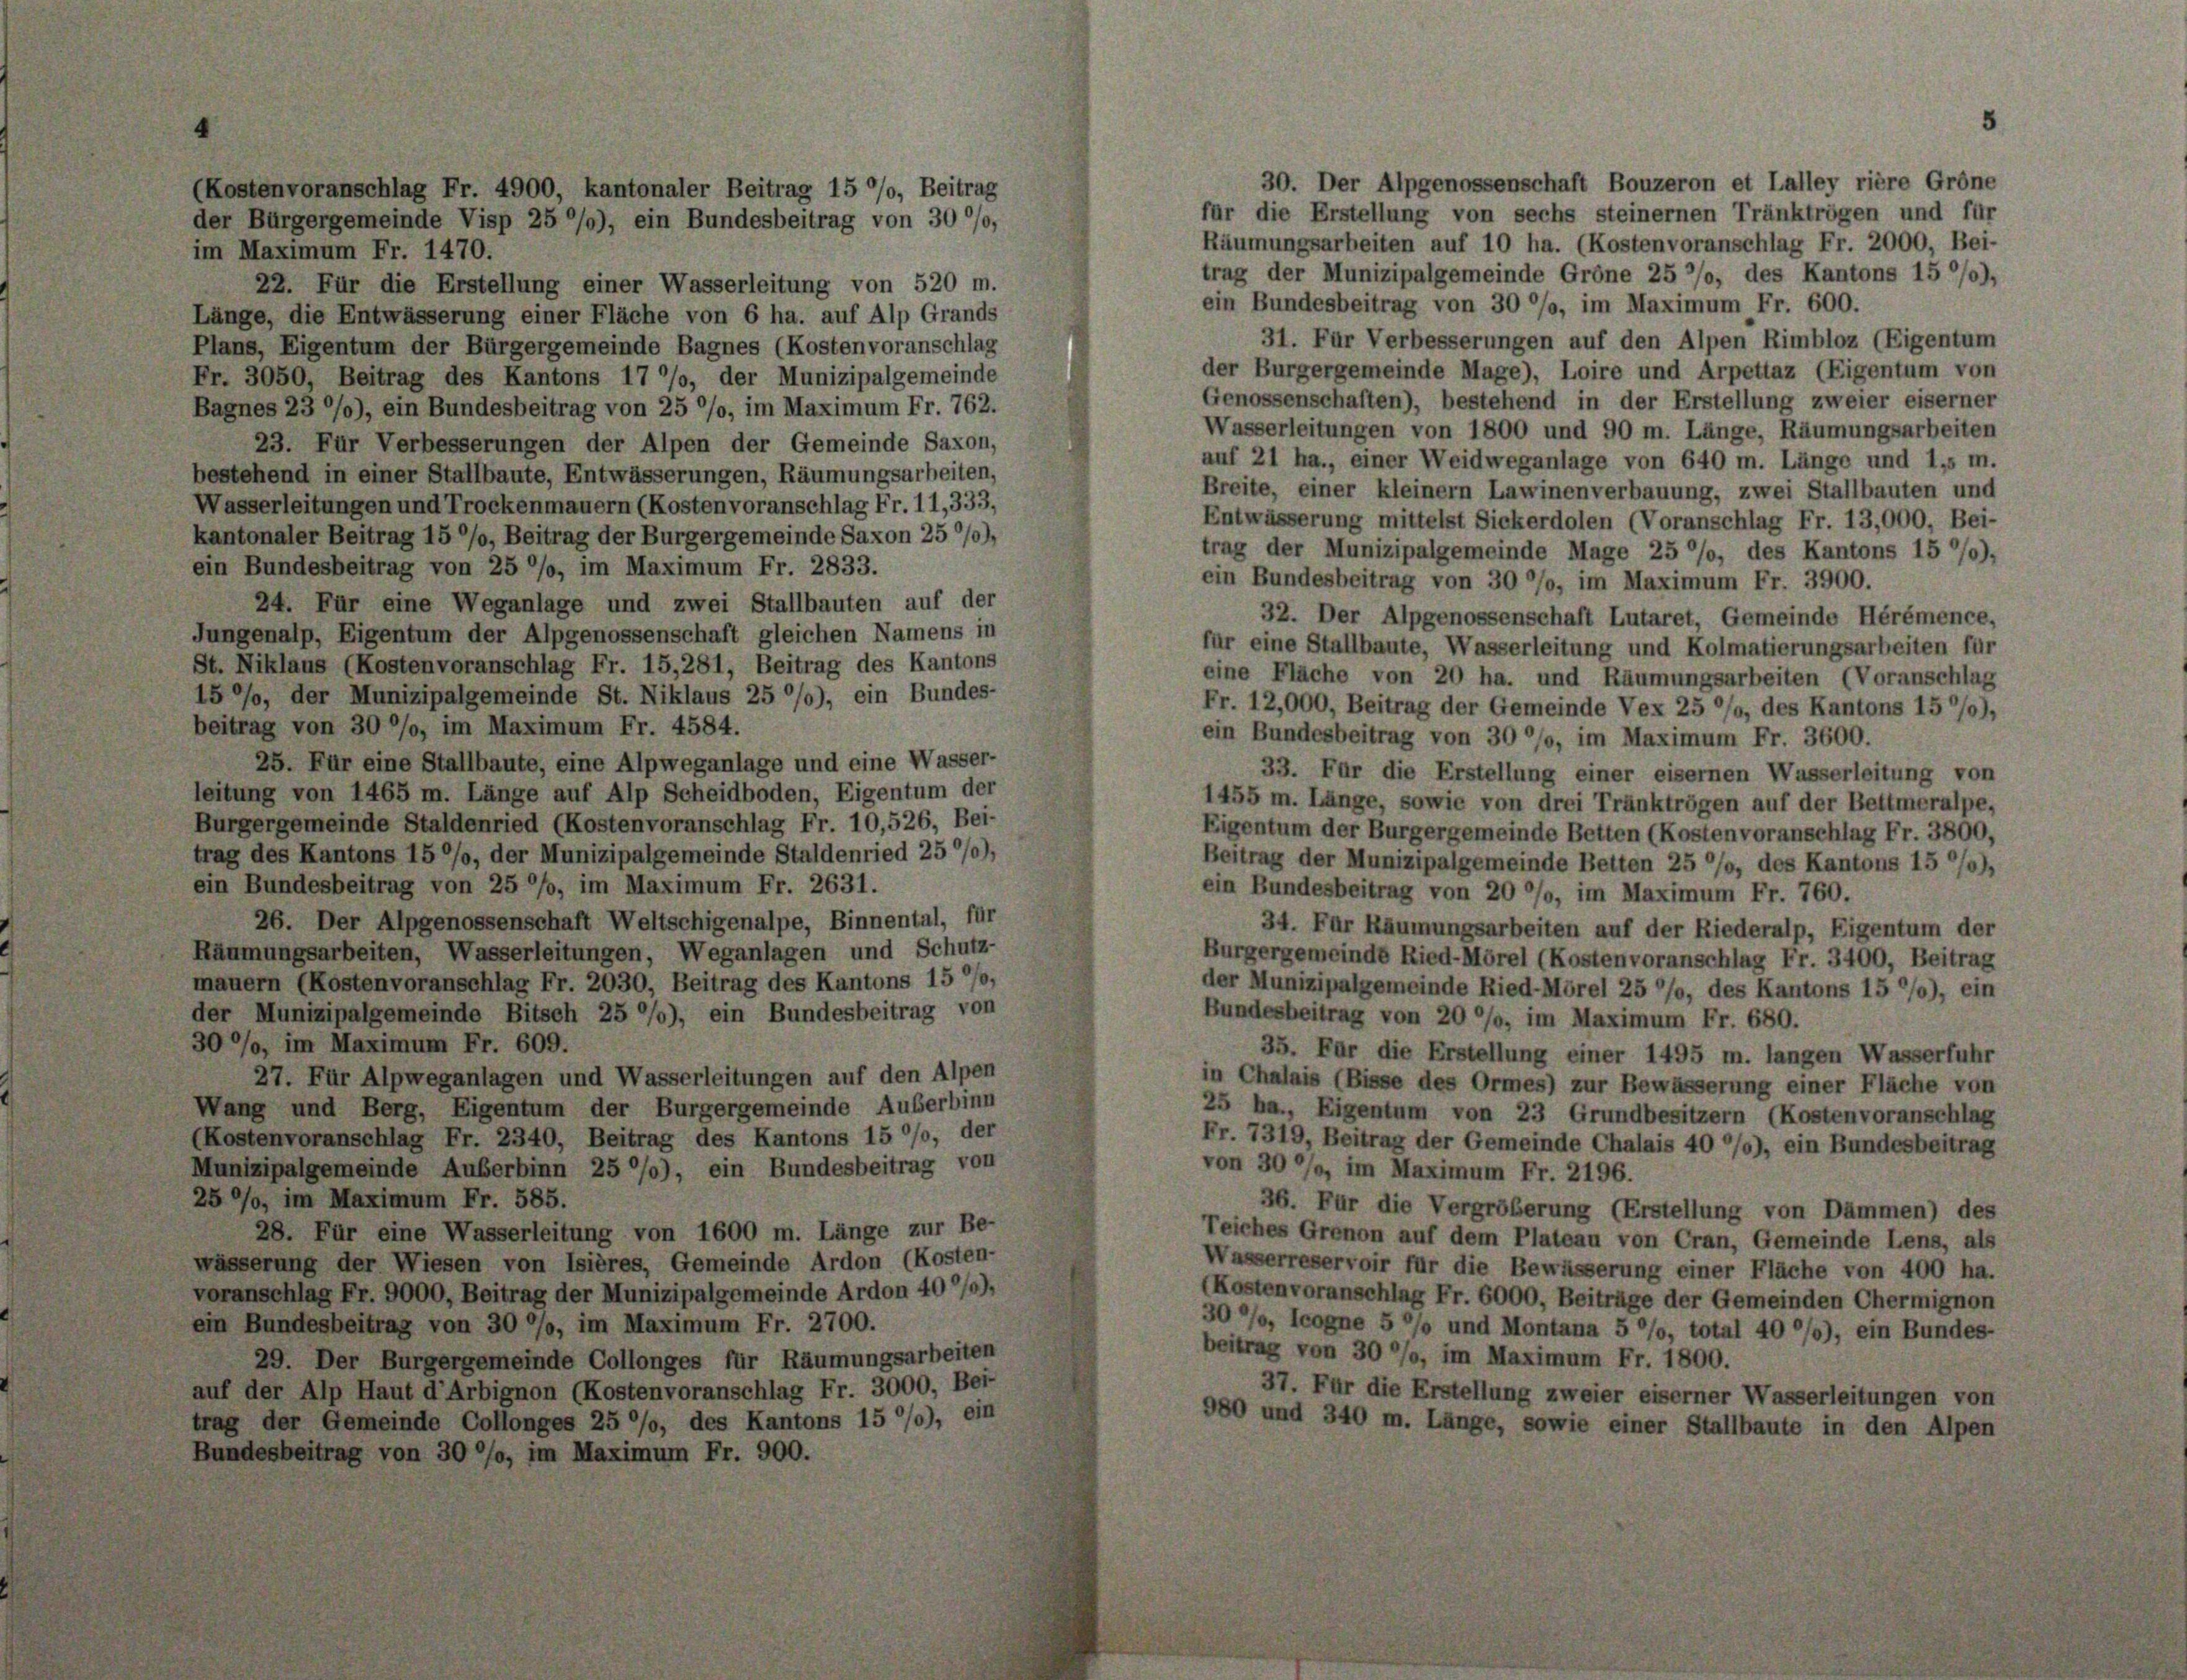
(Kostenvoranschlag Fr. 4900, kantonaler Beitrag 15 %, Beitrag
der Bürgergemeinde Visp 25%%), ein Bundesbeitrag von 30%,

30. Der Alpgenossenschaft Bouzeron et Lalley riere Gröne
für die Erstellung von sechs steinernen Tränktrögen und für
Räumungsarbeiten auf 10 ha. (Kostenvoranschlag Fr. 2000, Bei-
im Maximum Fr. 1470.
trag der Munizipalgemeinde Gröne 25 °/o, des Kantons 15 0/0),
22. Für die Erstellung einer Wasserleitung von 520 m.
ein Bundesbeitrag von 30 °/o, im Maximum Fr. 600.
Länge, die Entwässerung einer Fläche von 6 ha. auf Alp Grands
31. Für Verbesserungen auf den Alpen Rimbloz (Eigentum
Plans, Eigentum der Bürgergemeinde Bagnes (Kostenvoranschlag
der Burgergemeinde Mage), Loire und Arpettaz (Eigentum von
Fr. 3050, Beitrag des Kantons 177, der Munizipalgemeinde
Genossenschaften), bestehend in der Erstellung zweier eiserner
Bagnes 23 %%), ein Bundesbeitrag von 25 °/o, im Maximum Fr. 762.
Wasserleitungen von 1800 und 90 m. Länge, Räumungsarbeiten
23. Für Verbesserungen der Alpen der Gemeinde Saxon,
auf 21 ha., einer Weidweganlage von 640 m. Länge und 1,5 m.
bestehend in einer Stallbaute, Entwässerungen, Räumungsarbeiten,
Breite, einer kleinem Lawinenverbauung, zwei Stallbauten und
Wasserleitungen und Trockenmauern (Kostenvoranschlag Fr. 11,333,
Entwässerung mittelst Sickerdolen (Voranschlag Fr. 13,000, Bei-
kantonaler Beitrag 15%, Beitrag der Burgergemeinde Saxon 25 %%),
trag der Munizipalgemeinde Mage 25 °/o, des Kantons 1570),
ein Bundesbeitrag von 25 °/o, im Maximum Fr. 2833.
ein Bundesbeitrag von 30 °/o, im Maximum Fr. 3900.
24. Für eine Weganlage und zwei Stallbauten auf der
32. Der Alpgenossenschaft Lutaret, Gemeinde Hérémence,
Jungenalp, Eigentum der Alpgenossenschaft gleichen Namens in
für eine Stallbaute, Wasserleitung und Kolmatierungsarbeiten für
St. Niklaus (Kostenvoranschlag Fr. 15,281, Beitrag des Kantons
eine Fläche von 20 ha. und Räumungsarbeiten (Voranschlag
15%, der Munizipalgemeinde St. Niklaus 25 °/0), ein Bundes-
Fr. 12,000, Beitrag der Gemeinde Vex 25 °/o, des Kantons 15/0),
beitrag von 30 °/o, im Maximum Fr. 4584.
ein Bundesbeitrag von 30 °/o, im Maximum Fr. 3600.
25. Für eine Stallbaute, eine Alpweganlage und eine Wasser-
33. Für die Erstellung einer eisernen Wasserleitung von
leitung von 1465 m. Länge auf Alp Scheidboden, Eigentum der
1455 m. Länge, sowie von drei Tränktrögen auf der Bettmeralpe,
Burgergemeinde Staldenried (Kostenvoranschlag Fr. 10,526, Bei-
Eigentum der Burgergemeinde Betten (Kostenvoranschlag Fr. 3800,
trag des Kantons 15 °/o, der Munizipalgemeinde Staldenried 25%),
Beitrag der Munizipalgemeinde Betten 25 °/o, des Kantons 1507),
ein Bundesbeitrag von 25 °/o, im Maximum Fr. 2631.
ein Bundesbeitrag von 20 °/o, im Maximum Fr. 760.
26. Der Alpgenossenschaft Weltschigenalpe, Binnental, für
34. Für Räumungsarbeiten auf der Riederalp, Eigentum der
Räumungsarbeiten, Wasserleitungen, Weganlagen und Schutz-
Burgergemeinde Ried-Morel (Kostenvoranschlag Fr. 3400, Beitrag
mauern (Kostenvoranschlag Fr. 2030, Beitrag des Kantons 15 °/o,
der Munizipalgemeinde Ried-Morel 25 °/o, des Kantons 15 0/0), ein
der Munizipalgemeinde Bitsch 25 %%), ein Bundesbeitrag von
Bundesbeitrag von 20 °/o, im Maximum Fr. 680.
30%, im Maximum Fr. 609.
35. Für die Erstellung einer 1495 m. langen Wasserfuhr
27. Für Alpweganlagen und Wasserleitungen auf den Alpen
in Chalais (Bisse des Ormes) zur Bewässerung einer Fläche von
Wang und Berg, Eigentum der Burgergemeinde Auserbinn
25 ha., Eigentum von 23 Grundbesitzern (Kostenvoranschlag
(Kostenvoranschlag Fr. 2340, Beitrag des Kantons 15 °/o, der
Fr. 7319, Beitrag der Gemeinde Chalais 40 °/0), ein Bundesbeitrag
Munizipalgemeinde Auberbinn 25 0/0), ein Bundesbeitrag von
von 30 °/o, im Maximum Fr. 2196.
25 °/o, im Maximum Fr. 585.
36. Für die Vergrößerung (Erstellung von Dämmen) des
28. Für eine Wasserleitung von 1600 m. Länge zur Be-
Teiches Grenon auf dem Plateau von Cran, Gemeinde Lens, als
wässerung der Wiesen von Isières, Gemeinde Ardon (Kosten-
Wasserreservoir für die Bewässerung einer Fläche von 400 ha.
voranschlag Fr. 9000, Beitrag der Munizipalgemeinde Ardon 40%),
(Kostenvoranschlag Fr. 6000, Beiträge der Gemeinden Chermignon
ein Bundesbeitrag von 30%, im Maximum Fr. 2700.
30/, Icogne 5 °/o und Montana 5%, total 40 °/0), ein Bundes-
beitrag von 30 °/o, im Maximum Fr. 1800.
29. Der Burgergemeinde Collonges für Räumungsarbeiten
auf der Alp Haut d’Arbignon (Kostenvoranschlag Fr. 3000, Bei-
37. Für die Erstellung zweier eiserner Wasserleitungen von
trag der Gemeinde Collonges 25 °/o, des Kantons 15 0/0), ein
980 und 340 m. Länge, sowie einer Stallbaute in den Alpen
Bundesbeitrag von 30 °/o, im Maximum Fr. 900.